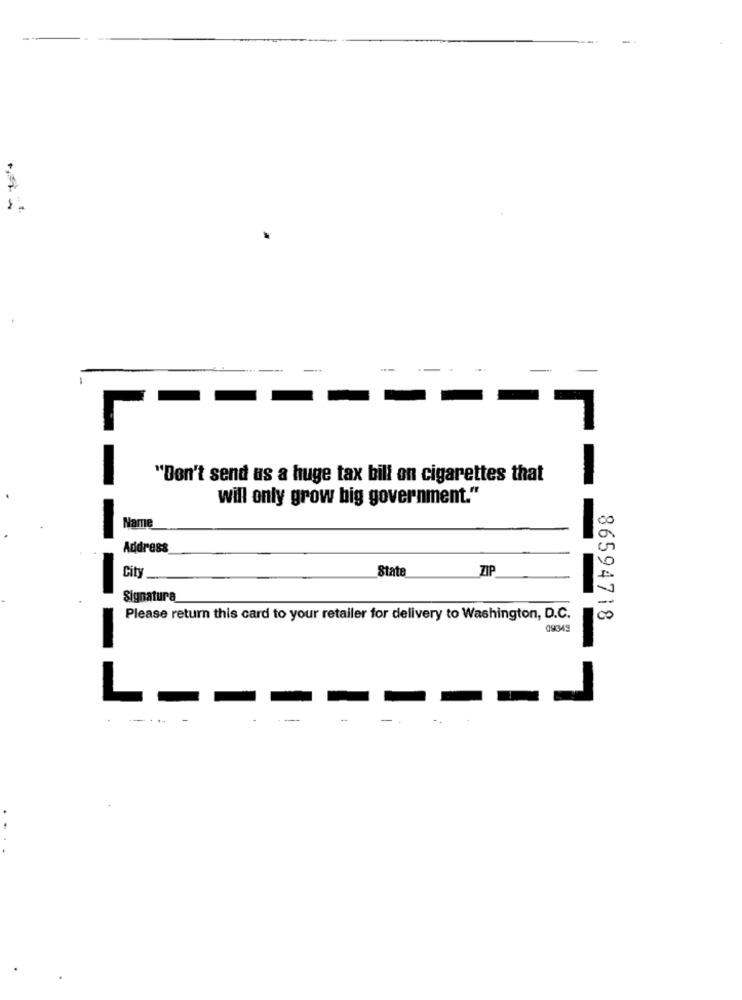
"Don't send us a huge tax bill on cigarettes that
will only grow big government."
Name
Address
State
ZIP
City
Signatura
Please return this card to your retailer for delivery to Washington, D.C.
86594718
090349